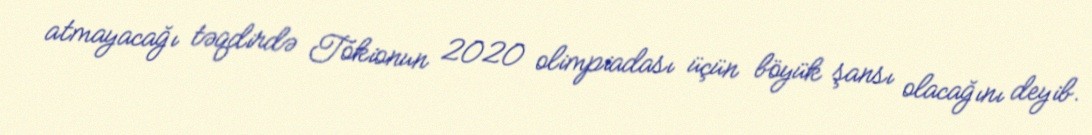
atmayacağı təqdirdə Tokionun 2020 olimpiadası üçün böyük şansı olacağını deyib.